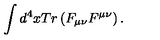
\int d ^ { 4 } x T r \left( F _ { \mu \nu } F ^ { \mu \nu } \right) .